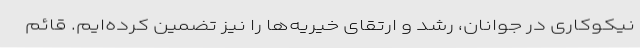
نیکوکاری در جوانان، رشد و ارتقای خیریه‌ها را نیز تضمین کرده‌ایم. قائم